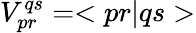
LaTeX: V_{pr}^{qs}=<pr|qs>